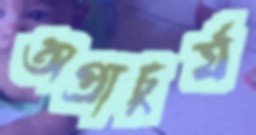
অপ্রাচুর্য